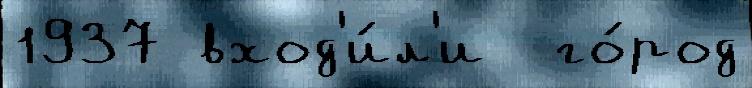
1937 вход'и́л'и  го́род